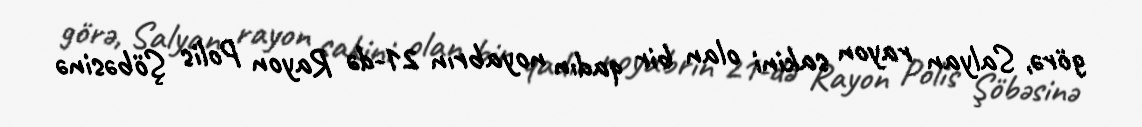
görə, Salyan rayon sakini olan bir qadın noyabrın 21-də Rayon Polis Şöbəsinə